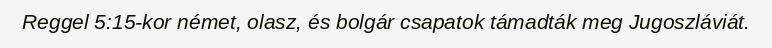
Reggel 5:15-kor német, olasz, és bolgár csapatok támadták meg Jugoszláviát.